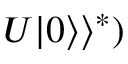
U | 0 \rangle \rangle ^ { * } )